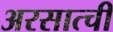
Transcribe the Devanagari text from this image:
अरसात्ची